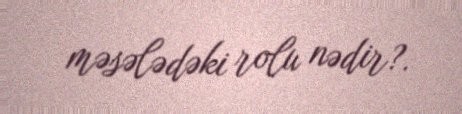
məsələdəki rolu nədir?.